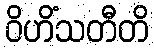
ဝိဟိံသတီတိ